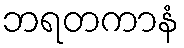
ဘရတကာနံ